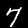
Digit: 7